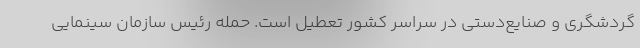
گردشگری و صنایع‌دستی در سراسر کشور تعطیل است. حمله رئیس سازمان سینمایی